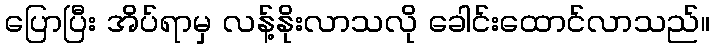
ပြောပြီး အိပ်ရာမှ လန့်နိုးလာသလို ခေါင်းထောင်လာသည်။